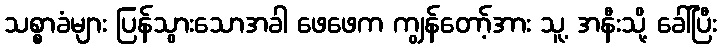
သစ္စာခံများ ပြန်သွားသောအခါ ဖေဖေက ကျွန်တော့်အား သူ့ အနီးသို့ ခေါ်ပြီး